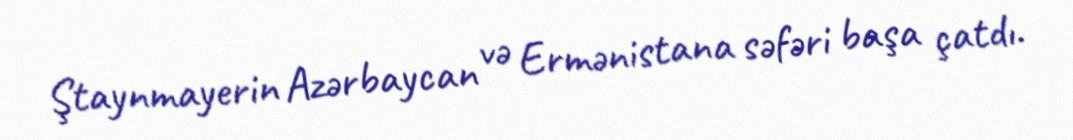
Ştaynmayerin Azərbaycan və Ermənistana səfəri başa çatdı.